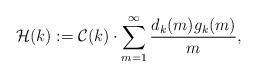
LaTeX: \begin{align*}\mathcal{H}(k):=\mathcal{C}(k)\cdot \sum_{m=1}^{\infty} \frac{d_k(m)g_k(m)}{m},\end{align*}